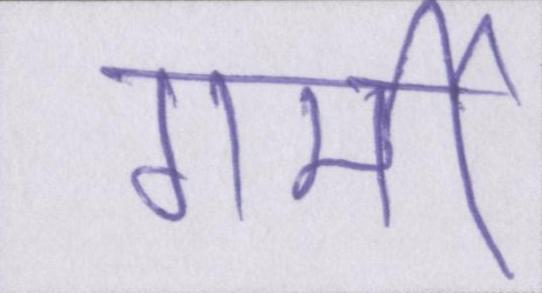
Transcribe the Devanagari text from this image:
गर्मी